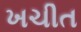
ખચીત